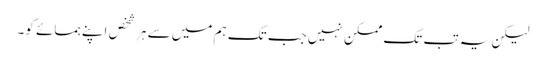
لیکن یہ تب تک ممکن نہیں جب تک ہم میں سے ہر شخص اپنے ہمسائے کو۔